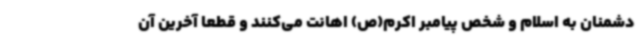
دشمنان به اسلام و شخص پیامبر اکرم(ص) اهانت می‌کنند و قطعا آخرین آن